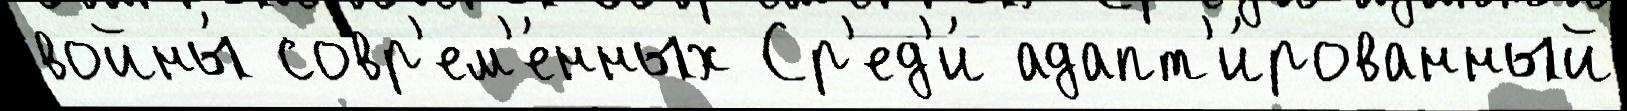
войны́ совр'ем'е́нных Ср'ед'и́ адапт'и́рованный